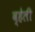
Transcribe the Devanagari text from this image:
व्हेली